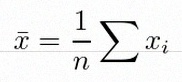
\bar{x}=\frac1n\sum x_i